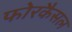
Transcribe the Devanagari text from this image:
फोरकैसल